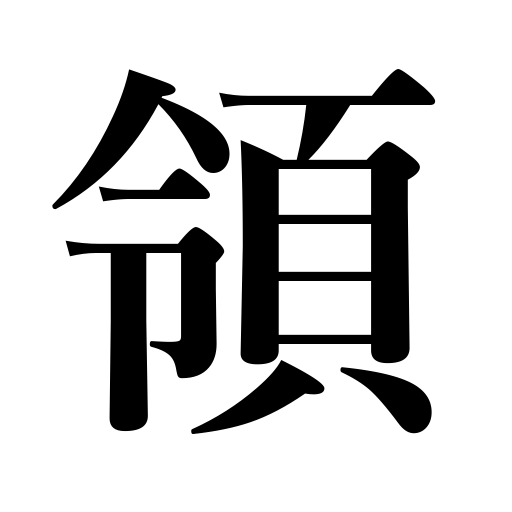
Meanings: dominion,suit of armor,fief,territory possession